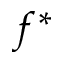
f ^ { * }